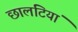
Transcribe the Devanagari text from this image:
छालटियां